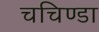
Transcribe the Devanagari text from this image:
चचिण्डा